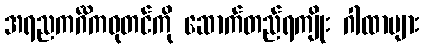
အရညကင်္ဂိကဓုတင်ကို ဆောက်တည်ရကျိုး ဂါထာများ